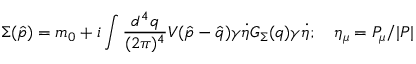
\Sigma ( { \hat { p } } ) = m _ { 0 } + i \int { \frac { d ^ { 4 } q } { ( 2 \pi ) ^ { 4 } } } V ( { \hat { p } } - { \hat { q } } ) \gamma \dot { \eta } G _ { \Sigma } ( q ) \gamma \dot { \eta } ; \quad \eta _ { \mu } = P _ { \mu } / { | P | }